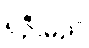
ရှိဦးမည်